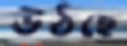
ঊঠছে